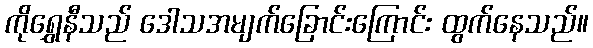
ကိုရွှေနီသည် ဒေါသအမျက်ခြောင်းကြောင်း ထွက်နေသည်။